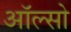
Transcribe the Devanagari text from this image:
ऑल्सो